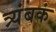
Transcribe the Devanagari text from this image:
त्र्यंबकं